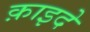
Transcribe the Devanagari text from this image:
क़ाइदे